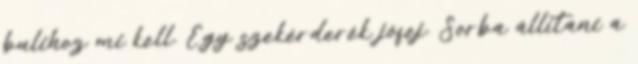
bulihoz mi kell. Egy szekérderék jófej. Sorba állítani a